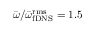
\bar { \omega } / \bar { \omega } _ { \mathrm { f D N S } } ^ { \mathrm { r m s } } = 1 . 5